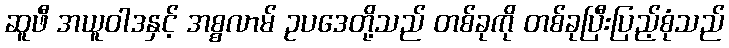
ဆူဖီ အယူဝါဒနှင့် အစ္စလာမ် ဥပဒေတို့သည် တစ်ခုကို တစ်ခုပြီးပြည့်စုံသည်